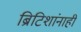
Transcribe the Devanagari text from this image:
ब्रिटिशांनाही